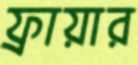
ফ্রায়ার